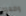
وضعوه